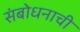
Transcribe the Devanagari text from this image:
संबोधनाची